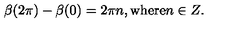
\beta ( 2 \pi ) - \beta ( 0 ) = 2 \pi n , \mathrm { w h e r e } n \in Z .